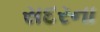
સદરના